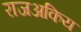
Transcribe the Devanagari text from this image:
राजअकिय